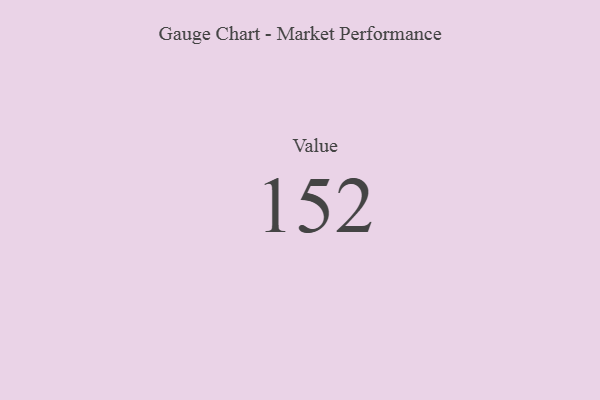
{"axis": {"x": "Metric", "y": "Value"}, "legend": [""], "data": [{"x": "Value", "y": 152, "type": ""}]}